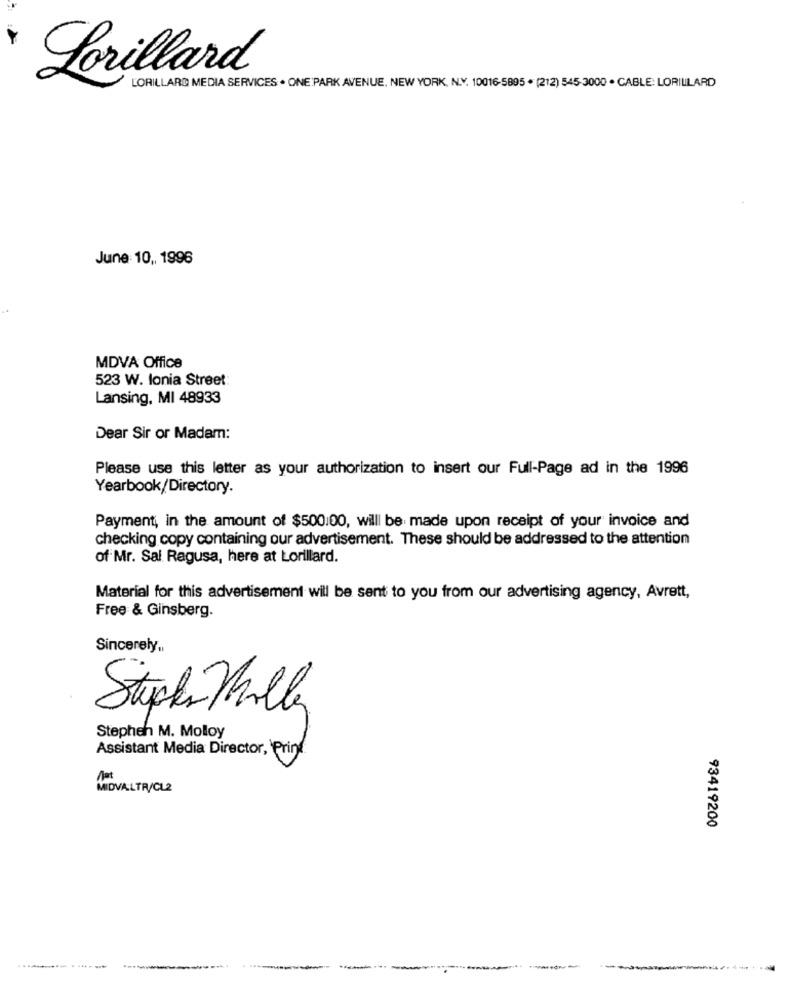
LORILLARD MEDIA SERVICES . ONE PARK AVENUE, NEW YORK, N.Y. 10016-5895 . (212) 545-3000 . CABLE: LORILLARD
Lorillard
June 10 ,, 1996
MDVA Office
523 W. lonia Street:
Lansing, MI 48933
Dear Sir or Madam:
Please use this letter as your authorization to insert our Full-Page ad in the 1996
Yearbook/Directory.
Payment, in the amount of $500.00, will be made upon receipt of your invoice and
checking copy containing our advertisement. These should be addressed to the attention
of Mr. Sal Ragusa, here at Lorillard.
Material for this advertisement will be sent to you from our advertising agency, Avrett,
Free & Ginsberg.
Sincerely ,,
Stephen M. Molloy
Assistant Media Director, Prin
MIDVALTR/CL2
93419200